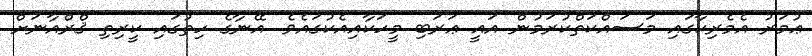
ޢުމަރު އެމެރިކާގައި މަސައްކަތްކުރަމުން އައީ ޢަރަބި މީހަކާއިއެކުގައެވެ. އޭނާގެ ހިތުގައި ކީރިތި ޤްރްއާނަށް